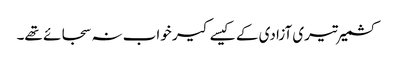
کشمیر تیری آزادی کے کیسے کیر خواب نہ سجائے تھے۔